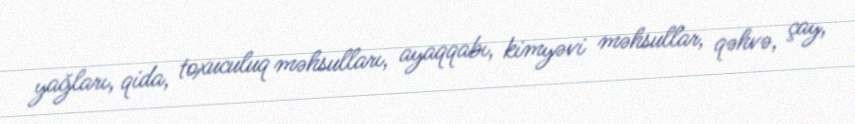
yağları, qida, toxuculuq məhsulları, ayaqqabı, kimyəvi məhsullar, qəhvə, çay,